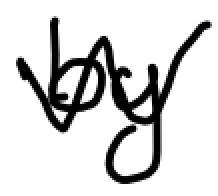
Text: by
Cross-out: zig-zag
Writing tool: digital_black